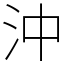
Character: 沖